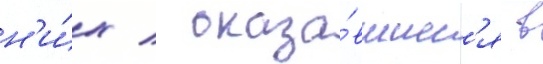
н'и́х / оказа́вшиес'я в